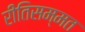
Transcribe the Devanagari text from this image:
रीतिसम्मत